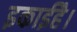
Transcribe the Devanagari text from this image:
इकाईहै।